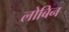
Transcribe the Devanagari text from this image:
लोबिन